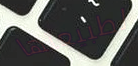
لطبيعتها